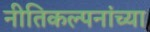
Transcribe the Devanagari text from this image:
नीतिकल्पनांच्या